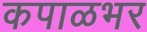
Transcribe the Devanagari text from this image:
कपाळभर